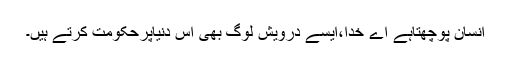
انسان پوچھتاہے اے خدا،ایسے درویش لوگ بھی اس دنیاپرحکومت کرتے ہیں۔